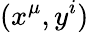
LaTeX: (x^{\mu},y^{i})